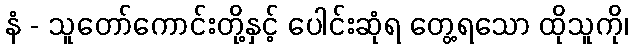
နံ - သူတော်ကောင်းတို့နှင့် ပေါင်းဆုံရ တွေ့ရသော ထိုသူကို၊